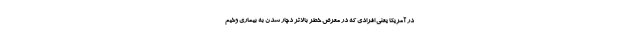
در آمریکا یعنی افرادی که در معرض خطر بالاتر دچار شدن به بیماری وخیم